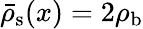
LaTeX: \bar{\rho}_{\mathrm{{s}}}(x)=2\rho_{\mathrm{{b}}}